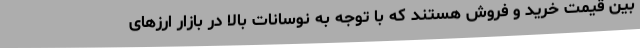
بین قیمت خرید و فروش هستند که با توجه به نوسانات بالا در بازار ارزهای